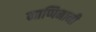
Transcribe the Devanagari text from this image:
नाप्पिनानी